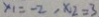
x _ { 1 } = - 2 , x _ { 2 } = 3